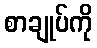
စာချုပ်ကို